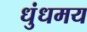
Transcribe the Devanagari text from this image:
धुंधमय